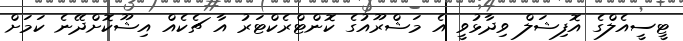
ޓީސީއެލްގެ އޮފިޝަލް ވިދާޅުވީ އެ މަޝްރޫއުގެ ކޮންޓްރެކްޓަރު އާ ޗެކެއް އިޝޫކޮށްދޭނެ ކަމަށް